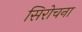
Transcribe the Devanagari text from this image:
सिरोचना